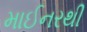
માઈનરથી